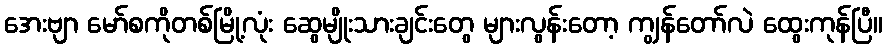
အေးဗျာ မော်စကိုတစ်မြို့လုံး ဆွေမျိုးသားချင်းတွေ များလွန်းတော့ ကျွန်တော်လဲ ထွေးကုန်ပြီ။